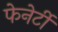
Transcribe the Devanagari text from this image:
फेनेर्टी